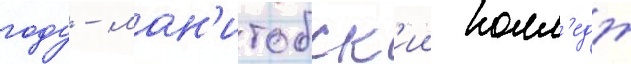
году - ман'итобск'ии колл'едж